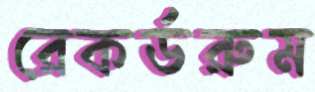
রেকর্ডরুম